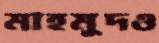
মাহমুদও